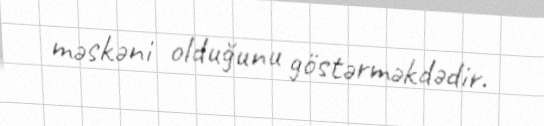
məskəni olduğunu göstərməkdədir.